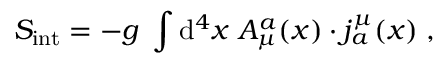
S _ { \mathrm { i n t } } = - g \; \int \mathrm { d } ^ { 4 } x \; A _ { \mu } ^ { a } ( x ) \cdot j _ { a } ^ { \mu } ( x ) \; ,